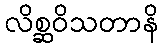
လိစ္ဆဝိသတာနိ